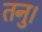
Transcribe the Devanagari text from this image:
तनु।